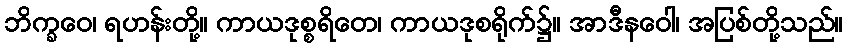
ဘိက္ခဝေ၊ ရဟန်းတို့။ ကာယဒုစ္စရိတေ၊ ကာယဒုစရိုက်၌။ အာဒီနဝေါ၊ အပြစ်တို့သည်။